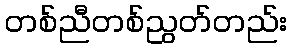
တစ်ညီတစ်ညွတ်တည်း